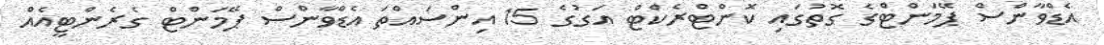
އެޑްވާންސް ޕޭމަންޓްގެ ގޮތުގައި ކޮންޓްރެކްޓް އަގުގެ 15 އިންސައްތަ އެޑްވާންސް ޕޭމަންޓް ގެރެންޓީއެއް